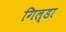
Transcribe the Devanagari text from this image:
गिल्डा